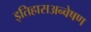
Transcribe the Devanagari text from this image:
इतिहासअन्वेषण